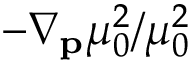
- \nabla _ { \mathbf { p } } \mu _ { 0 } ^ { 2 } / \mu _ { 0 } ^ { 2 }